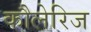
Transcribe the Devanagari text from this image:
कौलेरिज